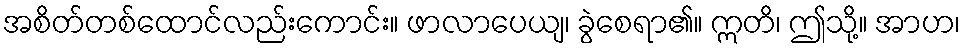
အစိတ်တစ်ထောင်လည်းကောင်း။ ဖာလာပေယျ၊ ခွဲစေရာ၏။ ဣတိ၊ ဤသို့။ အာဟ၊